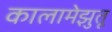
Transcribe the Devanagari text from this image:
कालामेझुतू